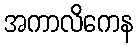
အကာလိကေန